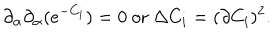
LaTeX: \partial _ { \alpha } \partial _ { \alpha } ( e ^ { - C _ { i } } ) = 0 ~ \mathrm { o r } ~ \Delta C _ { i } = ( \partial C _ { i } ) ^ { 2 } .